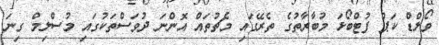
ވޯލްޑް ކަޕް ފުޓްބޯޅަ މުބާރާތުގެ ތެރޭގައި މެޗުތައް އޮންނަ ދުވަސްތަކުގައި މުސްލިމް ގިނަ